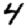
Digit: 4